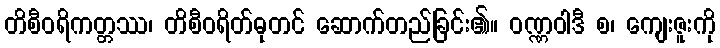
တိစီဝရိကတ္တဿ၊ တိစီဝရိတ်ဓုတင် ဆောက်တည်ခြင်း၏။ ဝဏ္ဏဝါဒီ စ၊ ကျေးဇူးကို